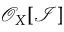
{ \mathcal { O } } _ { X } [ { \mathcal { I } } ]